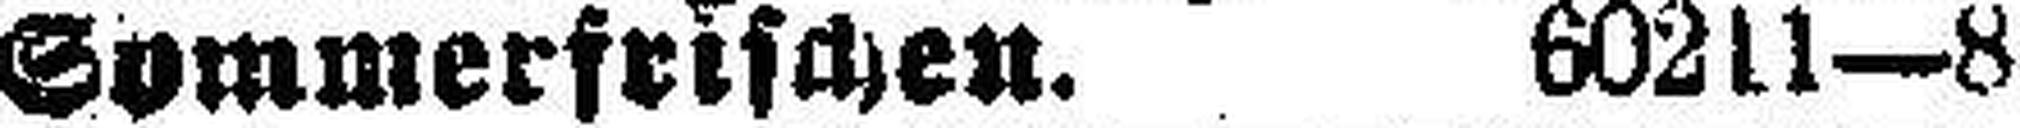
Sommerfrischen. 60211—8